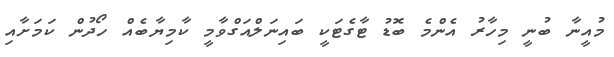
މުއީނާ ބުނީ މިހާރު އެންމެ ބޮޑު ޓާގެޓަކީ ބައިނަލްއަގްވާމީ ކާމިޔާބެއް ހޯދުން ކަމަށާއި